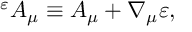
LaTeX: { } ^ { \varepsilon } A _ { \mu } \equiv A _ { \mu } + \nabla _ { \mu } \varepsilon ,